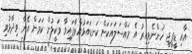
އާއި ޑީޕީޖީ ހުންނެވިއިރު އެ މައްސަލައަކަށް ކަނޑައަޅުއްވާފައިވާ ވަކީލުން ކަމަަށް އޭނާ ވިދާޅުވި